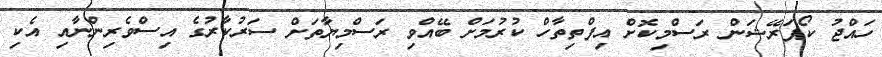
ހައްޖު ކޯޕަރޭޝަން ރަސްމިކޮށް އިފްތިތާހް ކުރުމަށް ބޭއްވި ރަސްމިޔާތަށް ސަރުކާރުގެ އިސްވެރިންނާއި އެކި